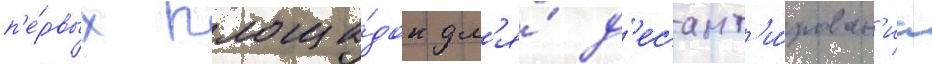
п'е́рвых площа́док дл'я́ д'есант'и́рован'иа